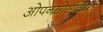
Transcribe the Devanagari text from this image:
ओपनसोर्सविषयी